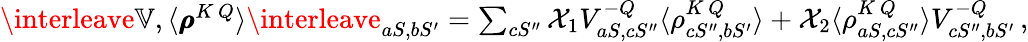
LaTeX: \begin{array}{r}{\interleave\mathbb{V},\langle\pmb{\rho}^{K\, Q}\rangle\interleave_{aS,bS^{\prime}}=\sum_{cS^{\prime\prime}}\mathcal{X}_{1}V_{aS,cS^{\prime\prime}}^{-Q}\langle\rho_{cS^{\prime\prime},bS^{\prime}}^{K\, Q}\rangle+\mathcal{X}_{2}\langle\rho_{aS,cS^{\prime\prime}}^{K\, Q}\rangle V_{cS^{\prime\prime},bS^{\prime}}^{-Q}\, ,}\end{array}